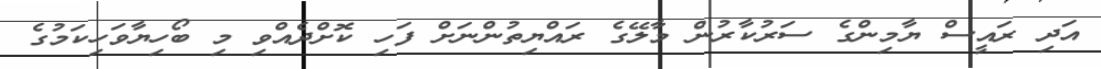
އަދި ރައީސް ޔާމިންގެ ސަރުކާރުން މާލޭގެ ރައްޔިތުންނަށް ފަހި ކޮށްދެއްވި މި ބޯހިޔާވަހިކަމުގެ